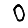
Digit: 0